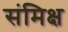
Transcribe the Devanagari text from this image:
संमिक्ष